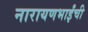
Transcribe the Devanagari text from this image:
नारायणभाईंची